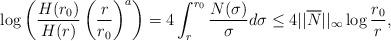
LaTeX: \begin{align*}\log\left(\frac{H(r_0)}{H(r)} \left(\frac{r}{r_0}\right)^a\right) = 4 \int_r^{r_0} \frac{N(\sigma)}{\sigma} d\sigma \le 4 ||\overline N||_\infty \log \frac{r_0}{r},\end{align*}